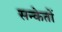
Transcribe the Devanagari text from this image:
सन्केतों